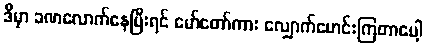
ဒီမှာ ခဏလောက်နေပြီးရင် မော်တော်ကား လျှောက်မောင်းကြတာပေါ့